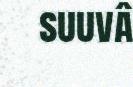
suuvâ